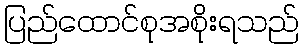
ပြည်ထောင်စုအစိုးရသည်